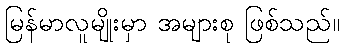
မြန်မာလူမျိုးမှာ အများစု ဖြစ်သည်။